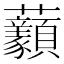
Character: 𧆈